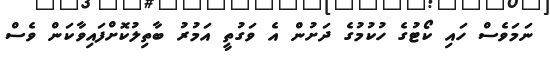
ނަމަވެސް ހައި ކޯޓުގެ ހުކުމުގެ ދަށުން އެ ވަގުތީ އަމުރު ބާތިލުކޮށްފައިވާކަން ވެސް